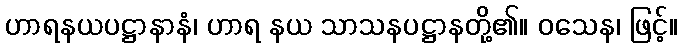
ဟာရနယပဋ္ဌာနာနံ၊ ဟာရ နယ သာသနပဋ္ဌာနတို့၏။ ဝသေန၊ ဖြင့်။